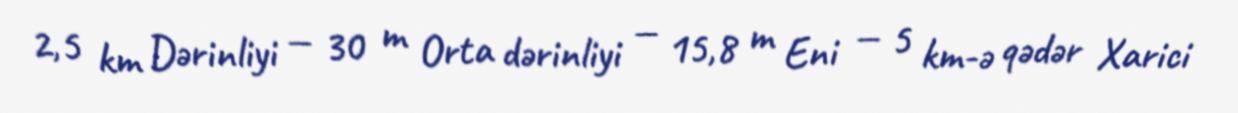
2,5 km Dərinliyi — 30 m Orta dərinliyi — 15,8 m Eni — 5 km-ə qədər Xarici